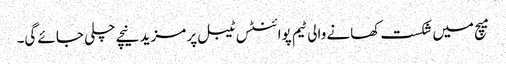
میچ میں شکست کھانے والی ٹیم پوائنٹس ٹیبل پر مزید نیچے چلی جائے گی۔